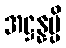
အဋ္ဌန္နမ္ပိ